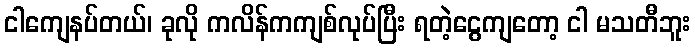
ငါကျေနပ်တယ်၊ ခုလို ကလိန်ကကျစ်လုပ်ပြီး ရတဲ့ငွေကျတော့ ငါ မသတီဘူး